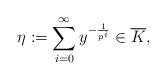
LaTeX: \begin{align*}\eta:=\sum_{i=0}^\infty y^{-\frac{1}{p^i}}\in\overline{K},\end{align*}